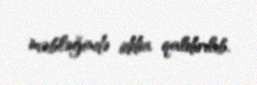
məbləğində iddia qaldırılıb.